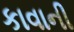
કાવાની